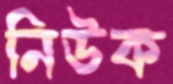
নিউক